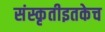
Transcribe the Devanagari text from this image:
संस्कृतीइतकेच